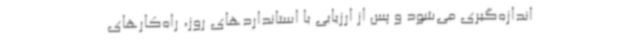
اندازه‌گیری می‌شود و پس از ارزیابی با استانداردهای روز، راه‌کارهای